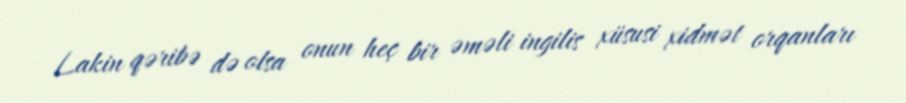
Lakin qəribə də olsa onun heç bir əməli ingilis xüsusi xidmət orqanları